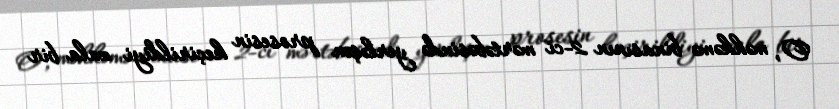
O, məhkəmə binasının 2-ci mərtəbəsində yerləşən prosesin keçirildiyi zala bir